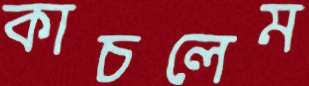
কাচলেম